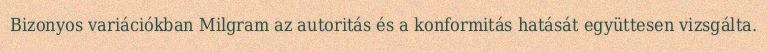
Bizonyos variációkban Milgram az autoritás és a konformitás hatását együttesen vizsgálta.